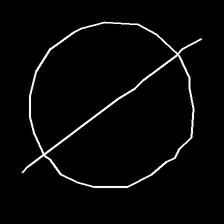
Glyph: orb